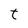
Character: t